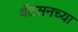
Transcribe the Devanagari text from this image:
वॅटसनच्या